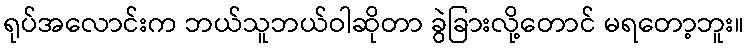
ရုပ်အလောင်းက ဘယ်သူဘယ်ဝါဆိုတာ ခွဲခြားလို့တောင် မရတော့ဘူး။